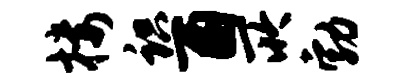
楼识酉所勃